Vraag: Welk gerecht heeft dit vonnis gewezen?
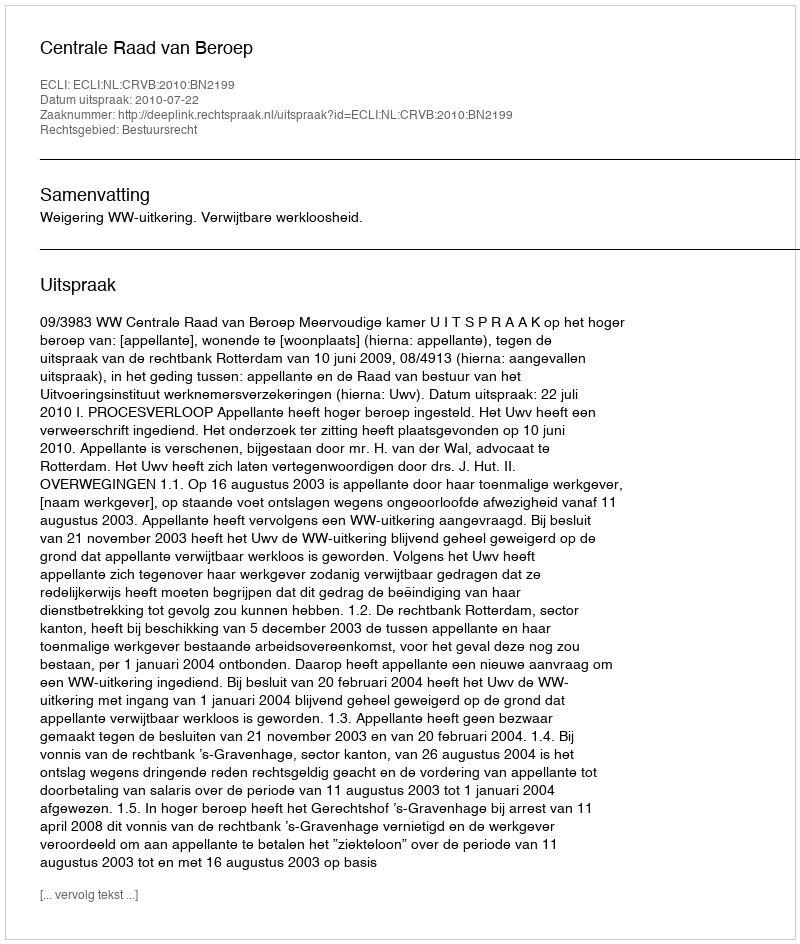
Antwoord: Centrale Raad van Beroep